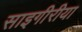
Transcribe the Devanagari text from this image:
साइगीरीया